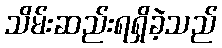
သိမ်းဆည်းရရှိခဲ့သည်